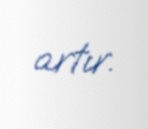
artır.